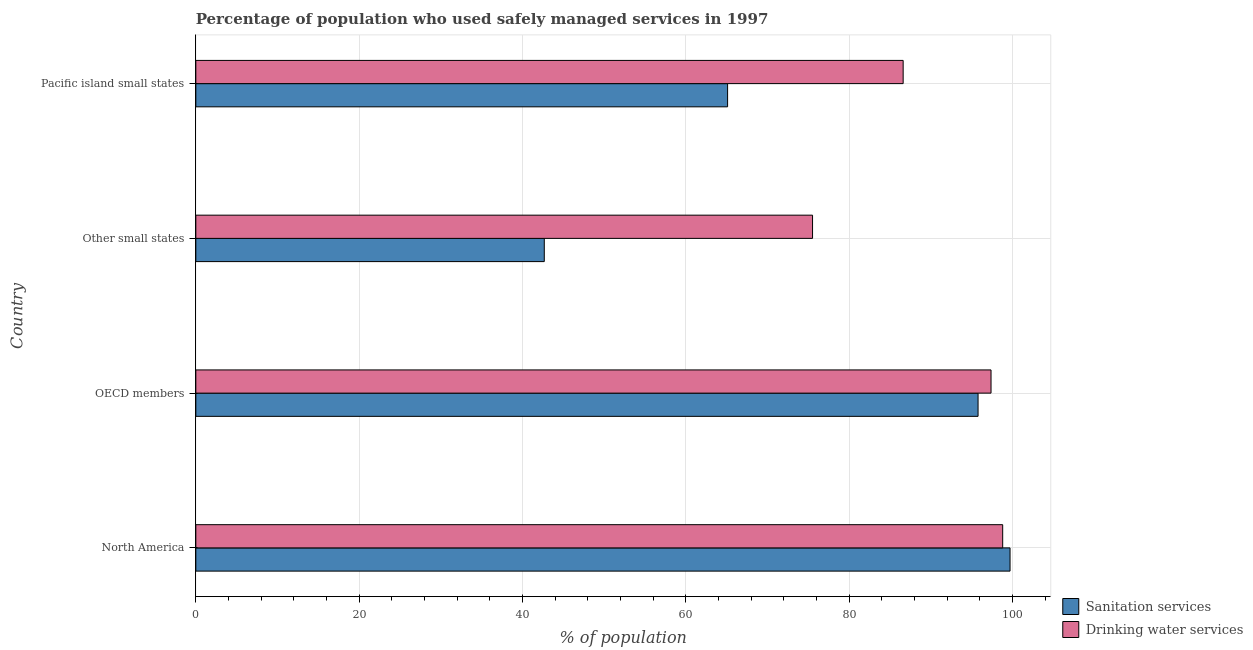
| Country | Sanitation services | Drinking water services |
 | --- | --- | --- |
 | North America | 99.7 | 98.8 |
 | OECD members | 95.8 | 97.4 |
 | Other small states | 42.7 | 75.5 |
 | Pacific island small states | 65.1 | 86.6 |